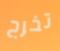
تخرج